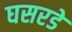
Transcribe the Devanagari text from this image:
घसरडे